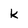
Character: k